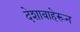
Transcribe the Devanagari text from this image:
देशाबाहेरून